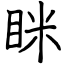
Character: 眯